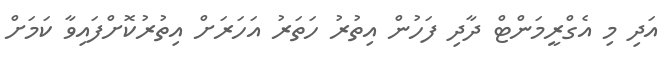
އަދި މި އެގްރީމަންޓް ދާދި ފަހުން އިތުރު ހަތަރު އަހަރަށް އިތުރުކޮށްފައިވާ ކަމަށް